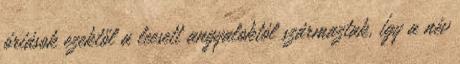
óriások ezektől a leesett angyaloktól származtak, így a név